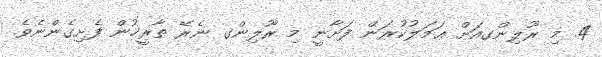
4. މި ރޫލިންގއަށް ޢަމަލުކުރަން ފަށާނީ މި ރޫލިންގ ނެރޭ ތާރީޚުން ފެށިގެންނެވެ.